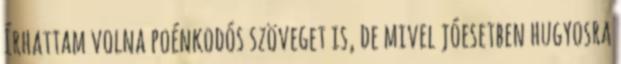
Írhattam volna poénkodós szöveget is, de mivel jóesetben hugyosra